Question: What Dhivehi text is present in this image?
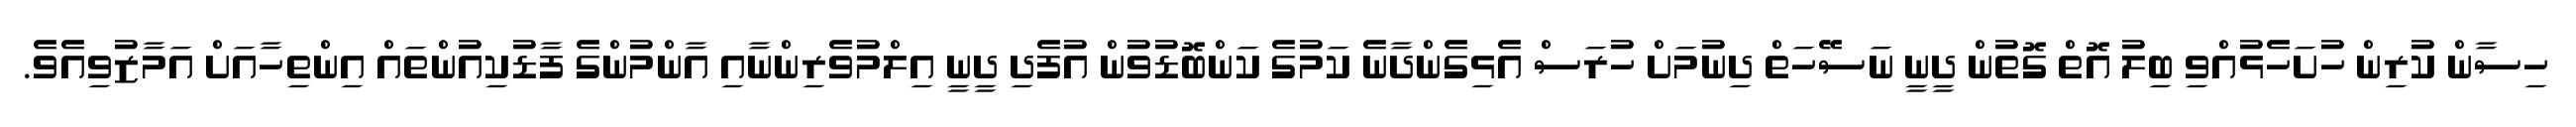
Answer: ހިސާން ކުރިން ހުށަހެޅުއްވި ބިލު އޮތް ގޮތުން ދީނީ ނަސޭހަތް ދިނުމަށް ހުރަސް އެޅިގެންދާނެ ކަމުގެ ކަންބޮޑުވުން އުފެދި ދީނީ އިލްމުވެރިންނާއި އާންމުންގެ ފާޑުކިއުންތައް އިންތިހާއަށް އަމާޒުވިއެވެ.